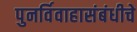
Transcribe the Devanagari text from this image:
पुनर्विवाहासंबंधीचे